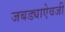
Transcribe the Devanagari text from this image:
जबड्याऐवजी